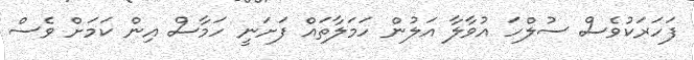
ފަހަރަކުވެސް ސުލްހަ އުވާލާ އަލުން ހަމަލާތައް ފަށަނީ ހަމާސް އިން ކަމަށް ވެސް